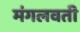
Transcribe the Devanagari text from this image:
मंगलवती